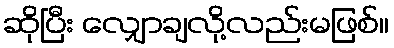
ဆိုပြီး လျှောချလို့လည်းမဖြစ်။